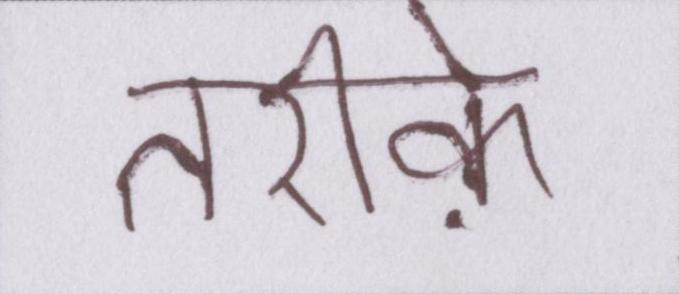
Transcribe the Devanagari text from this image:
तरीके़